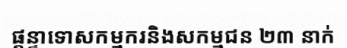
ផ្តន្ទាទោសកម្មករនិងសកម្មជន ២៣ នាក់